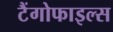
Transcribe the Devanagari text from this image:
टैंगोफाइल्स